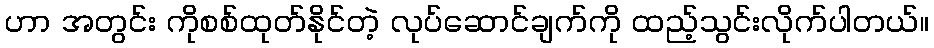
ဟာ အတွင်း ကိုစစ်ထုတ်နိုင်တဲ့ လုပ်ဆောင်ချက်ကို ထည့်သွင်းလိုက်ပါတယ်။